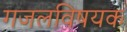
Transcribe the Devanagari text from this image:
गजलविषयक